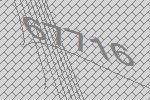
67716